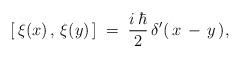
\begin{align*}\left[\,\xi(x)\,,\,\xi(y)\,\right] \;=\; \frac{i\,\hbar}{2}\,\delta'(\,x\,-\,y\,),\end{align*}